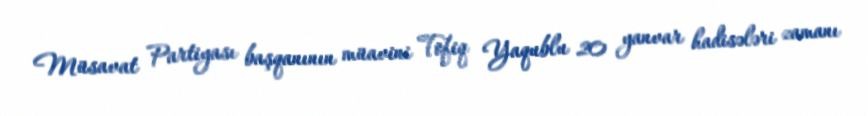
Müsavat Partiyası başqanının müavini Tofiq Yaqublu 20 yanvar hadisələri zamanı